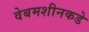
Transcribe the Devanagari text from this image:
वेबमशीनकडे